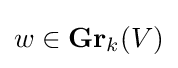
w\in \mathbf {Gr} _{k}(V)